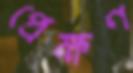
প্রেক্ষণ